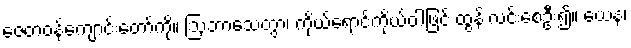
ဇေတဝန်ကျောင်းတော်ကို။ ဩဘာသေတွာ၊ ကိုယ်ရောင်ကိုယ်ဝါဖြင့် ထွန်းလင်းစေဦး၍။ ယေန၊